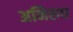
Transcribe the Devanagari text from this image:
अनिरुध